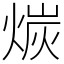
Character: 𪹇